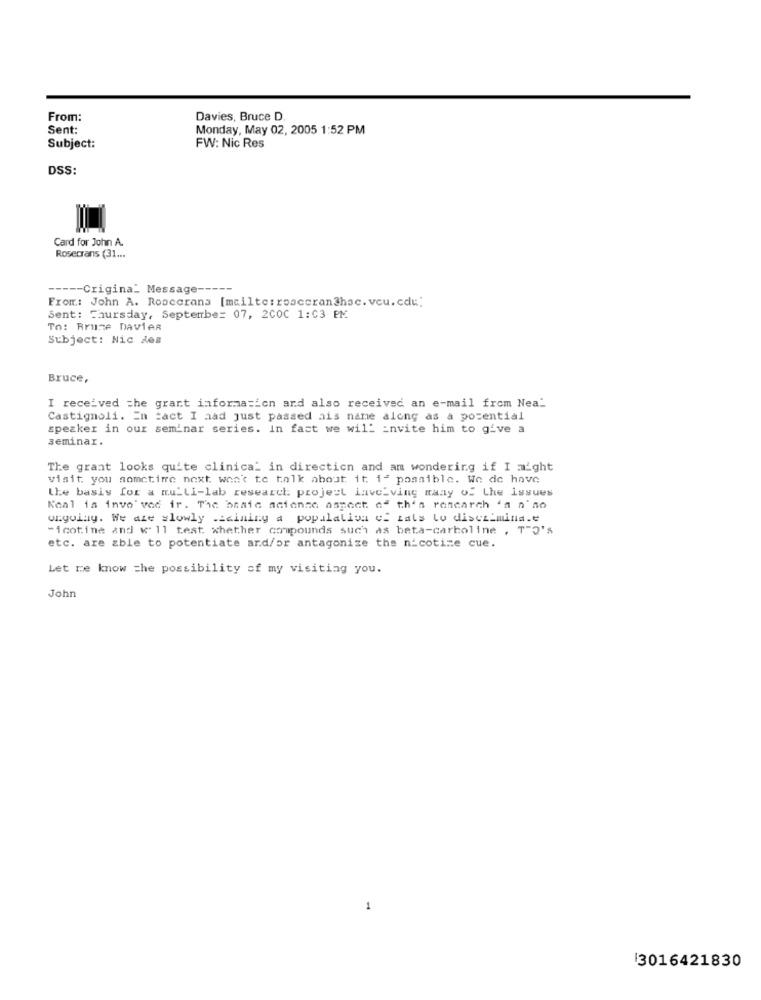
From:
Davies, Bruce D
Sent:
Monday, May 02, 2005 1:52 PM
Subject:
FW: Nic Res
DSS:
Card for John A.
Rosecrans (31 ...
----- Crigina_ Message -----
From: John A. Roocerans [mailto: roaccran@hac. veu.cdu:
Sent: Thursday, September 07, 2COC 1:03 PM
To: Brune Davier
Subject: Nic des
Bruce,
I received the grant information and also received an e-mail from Nea"
Castignoli. In fact I aad just passed ais name along as a potential
speaker in our seminar series. In fact we wil- invite him to give a
seminar.
The grant looks quite clinica_ in direction and am wondering if I might
visit you sometime next won't te talk about it. if possible. We de have
Lhe basis for a mu_Li-lab research project lave_ving many of the issues
Kaal is invo" ved ir. The beate acienne aspect of th's rancarch 'n n'no
unyoiny. We aze slowly .zcininy a population of zals to discrimina.e
"icotine and w' ll test whether compounds such as beta-carboline , T"2's
etc. are able to potentiate and/or antagonize the nicotine cue.
Let me know the possibility of my visiting you.
John
1
3016421830